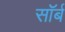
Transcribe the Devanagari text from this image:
सॉर्ब